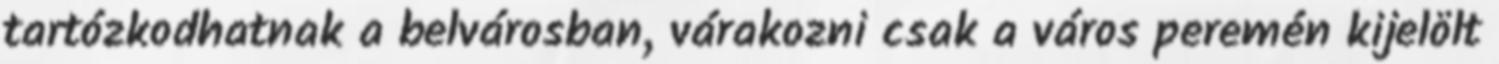
tartózkodhatnak a belvárosban, várakozni csak a város peremén kijelölt